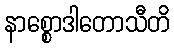
နာစ္စောဒါတောသီတိ